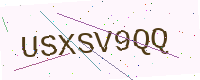
Text: USXSV9QQ